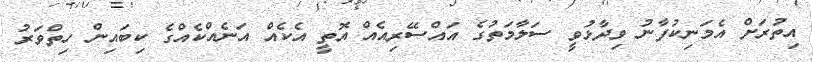
އިތުރަށް އެމަނިކުފާނު ވިދާޅުވީ ސަލާމަތުގެ އައްސޭރިއެއް އޮތީ އެކެއް އަނެއްކެއްގެ ކިބައިން ހިތްވަރު